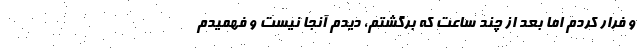
و فرار کردم اما بعد از چند ساعت که برگشتم، دیدم آنجا نیست و فهمیدم